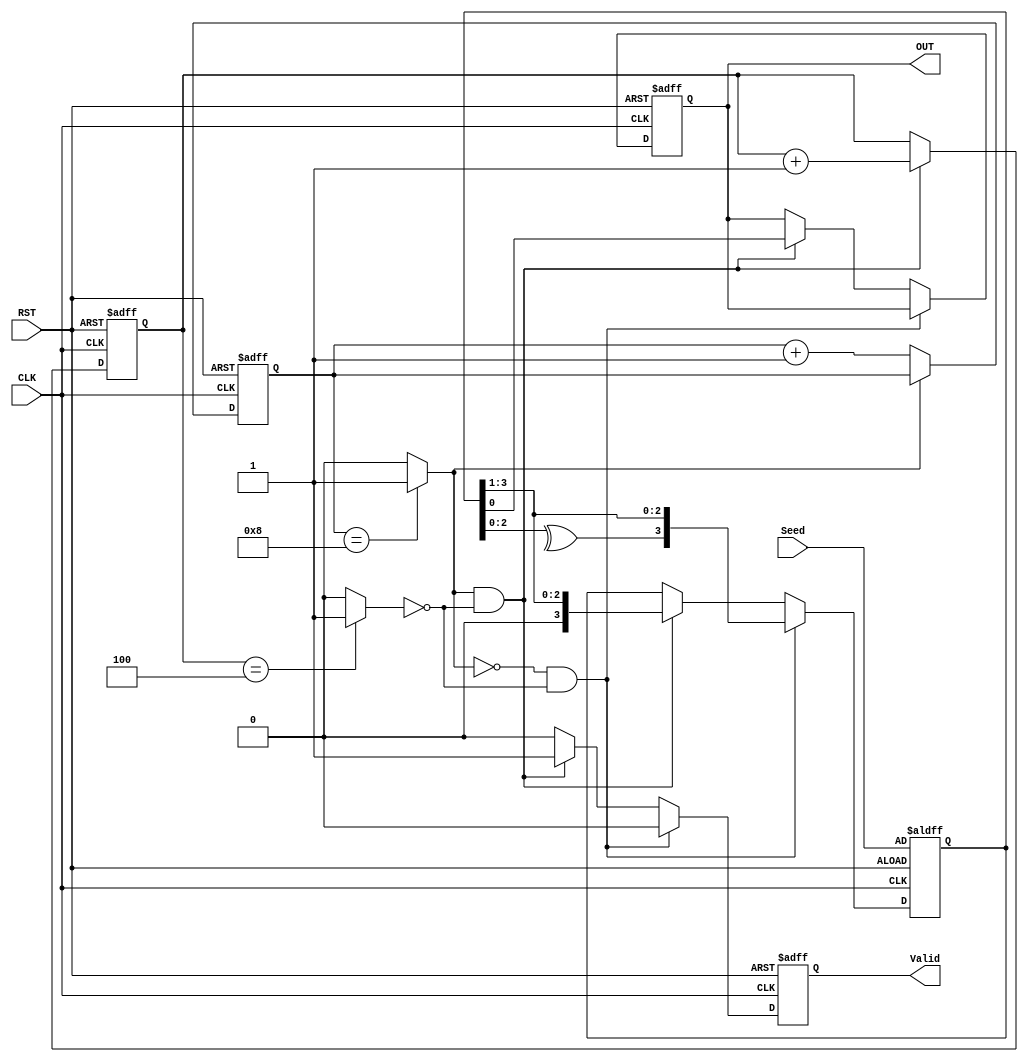
module LFSR 
#(parameter Shift_bits=4
)
(
input  wire [Shift_bits-1:0] Seed,
input  wire                  RST,
input  wire                  CLK,
output reg                   OUT,
output reg                   Valid
);

reg   [Shift_bits-1:0]     LFSR ; //declare shift bits for LFSR
reg      [3:0]             xor_counter ;
reg      [2:0]             shift_counter ;
wire                       FeedBack ;  //Internal signal
wire                       shift_done ;
wire                       xor_done ;


always@(posedge CLK or negedge RST)
begin
  if(!RST)
    begin
      LFSR<=Seed;
      OUT<=1'b0;
      Valid<=1'b0;
    end
  else if(!xor_done && !shift_done )
    begin
      LFSR<={FeedBack,LFSR[Shift_bits-1:1]};
      Valid <= 1'b0 ;
    end
  else if (xor_done && !shift_done)
    begin
      {LFSR,OUT}<={1'b0,LFSR};
      Valid <= 1'b1;
    end
  else
    Valid <= 1'b0;
 
  end
  
//start always @*
assign FeedBack=^LFSR[Shift_bits-2:0];//Xor flags from 0 to N-1

  
// Shift Xor Counter for 8 clock cylce
always @(posedge CLK or negedge RST)
 begin
   if(!RST)  // Asynchronous active low reset 
     begin
      xor_counter <=4'b0 ;
     end
   else if (!xor_done)
     begin
      xor_counter <= xor_counter + 4'b1 ;
     end
 end
 assign xor_done = (xor_counter == 4'b1000) ? 1'b1 : 1'b0 ;
 
// Shift Counter for 4 clock cylces for output
always @(posedge CLK or negedge RST)
 begin
   if(!RST)  // Asynchronous active low reset 
     begin
      shift_counter <= 3'b0 ;
     end
   else if (xor_done && !shift_done)
     begin
      shift_counter <= shift_counter + 3'b1 ;
     end
 end
 assign shift_done = (shift_counter == 3'b100) ? 1'b1 : 1'b0 ;



endmodule